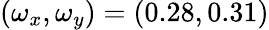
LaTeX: (\omega_{x},\omega_{y})=(0.28,0.31)